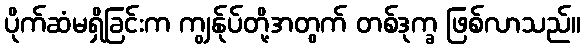
ပိုက်ဆံမရှိခြင်းက ကျွန်ုပ်တို့အတွက် တစ်ဒုက္ခ ဖြစ်လာသည်။